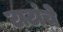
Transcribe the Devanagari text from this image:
टाटांचे